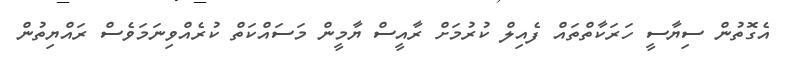
އެގޮތުން ސިޔާސީ ހަރަކާތްތައް ފެއިލް ކުރުމަށް ރާއީސް ޔާމީން މަސައްކަތް ކުރެއްވިނަމަވެސް ރައްޔިތުން